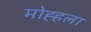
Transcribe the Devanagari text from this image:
मोह्हला